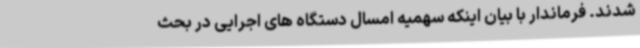
شدند. فرماندار با بیان اینکه سهمیه امسال دستگاه های اجرایی در بحث